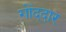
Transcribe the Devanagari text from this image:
गोँददार